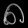
Digit: ၈